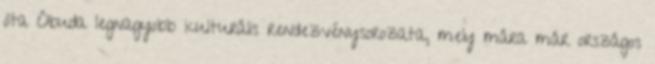
óta Óbuda legnagyobb kulturális rendezvénysorozata, mely mára már országos